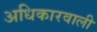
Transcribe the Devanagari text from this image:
अधिकारवाली